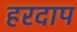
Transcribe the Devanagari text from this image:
हरदाप